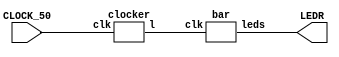


module Progress( CLOCK_50, LEDR);

	input CLOCK_50;
	output [17:0] LEDR;
	
	wire nclk;

	clocker c (CLOCK_50, nclk);
	bar b (nclk, LEDR);

endmodule

module bar(clk, leds);

	input clk;

	output reg [17:0] leds;
	
	reg [17:0] barlight;
	
	always@ (posedge clk) begin
	
		if (barlight == 18'b111111111111111111) begin
			
			barlight = 0;
			
		end
		else begin
			barlight = ~barlight;
			barlight = barlight >> 1;
			barlight = ~barlight;
		end
			
		leds = barlight;
	
	end

endmodule

module clocker(clk, l);

	input clk;
	output reg l;

	reg [26:0] w0;
	
	always@ (posedge clk) begin
		if (w0 == 25000000) begin
			l = ~l;
			w0 = 0;
		end
		else w0 = w0 + 1;
	
	end

endmodule